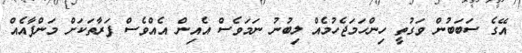
އޭގެ ސަބަބުން ވަގުތީ ހިންހަމަޖެހުމެއް ލިބުނު ނަމަވެސް އެއިން އެއްވެސް ފަރާތަކަށް މަންފާއެއް